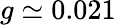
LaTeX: g\simeq 0.021